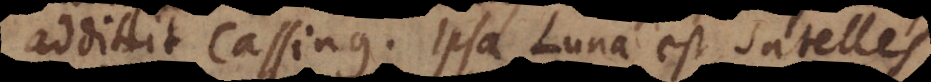
addidit Cassinus. Ipsa Luna est satelles